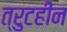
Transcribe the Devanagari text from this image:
त्रुटहीन